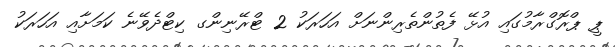
ޕީ ޕްރޮގްރާމުގައި އުޅޭ ފެތުންތެރިންނަށް އަހަރަކު 2 ޓްރޭނިންގ ކިޓްދެވޭނެ ކަމަށާއި އަހަރަކު